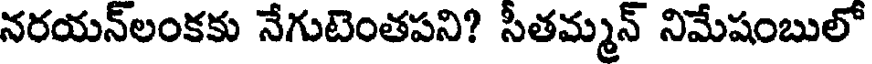
నరయన్లంకకు నేగుటెంతపని? సీతమ్మన్ నిమేషంబులో